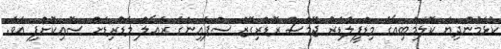
ކުޅެމުންދިޔަ ކޮލަމްބިއާގެ މިޑްފީލްޑަރު ޖޭމްސް ރޮޑްރިގޭޒް ސްޕެއިންގެ ރެއާލް މެޑްރިޑަށް ސޮއިކޮށްފި އެވެ.